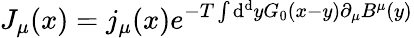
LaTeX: J_{\mu}(x)=j_{\mu}(x)e^{-T\int\mathrm{d}^{\mathrm{d}}yG_{0}(x-y)\partial_{\mu}B^{\mu}(y)}